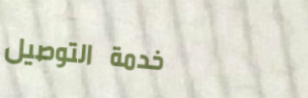
خدمة التوصيل